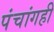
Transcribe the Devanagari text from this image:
पंचांगही